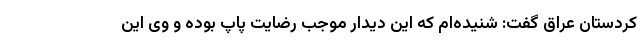
کردستان عراق گفت: شنیده‌ام که این دیدار موجب رضایت پاپ بوده و وی این